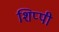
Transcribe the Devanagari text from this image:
शिप्पी